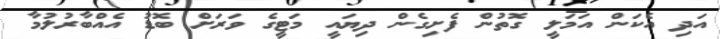
އަދި އެކަން އަމަލީ ގޮތުން ފެށިގެން ދިޔައީ މަޓީގެ ވަރަށް ބޮޑު އެއްބާރުލުމާ